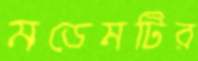
মডেমটির